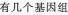
有几个基因组